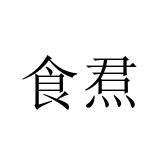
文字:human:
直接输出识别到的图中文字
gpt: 食焄